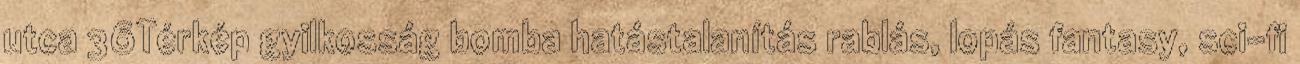
utca 36Térkép gyilkosság bomba hatástalanítás rablás, lopás fantasy, sci-fi